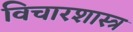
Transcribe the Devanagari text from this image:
विचारशास्त्र